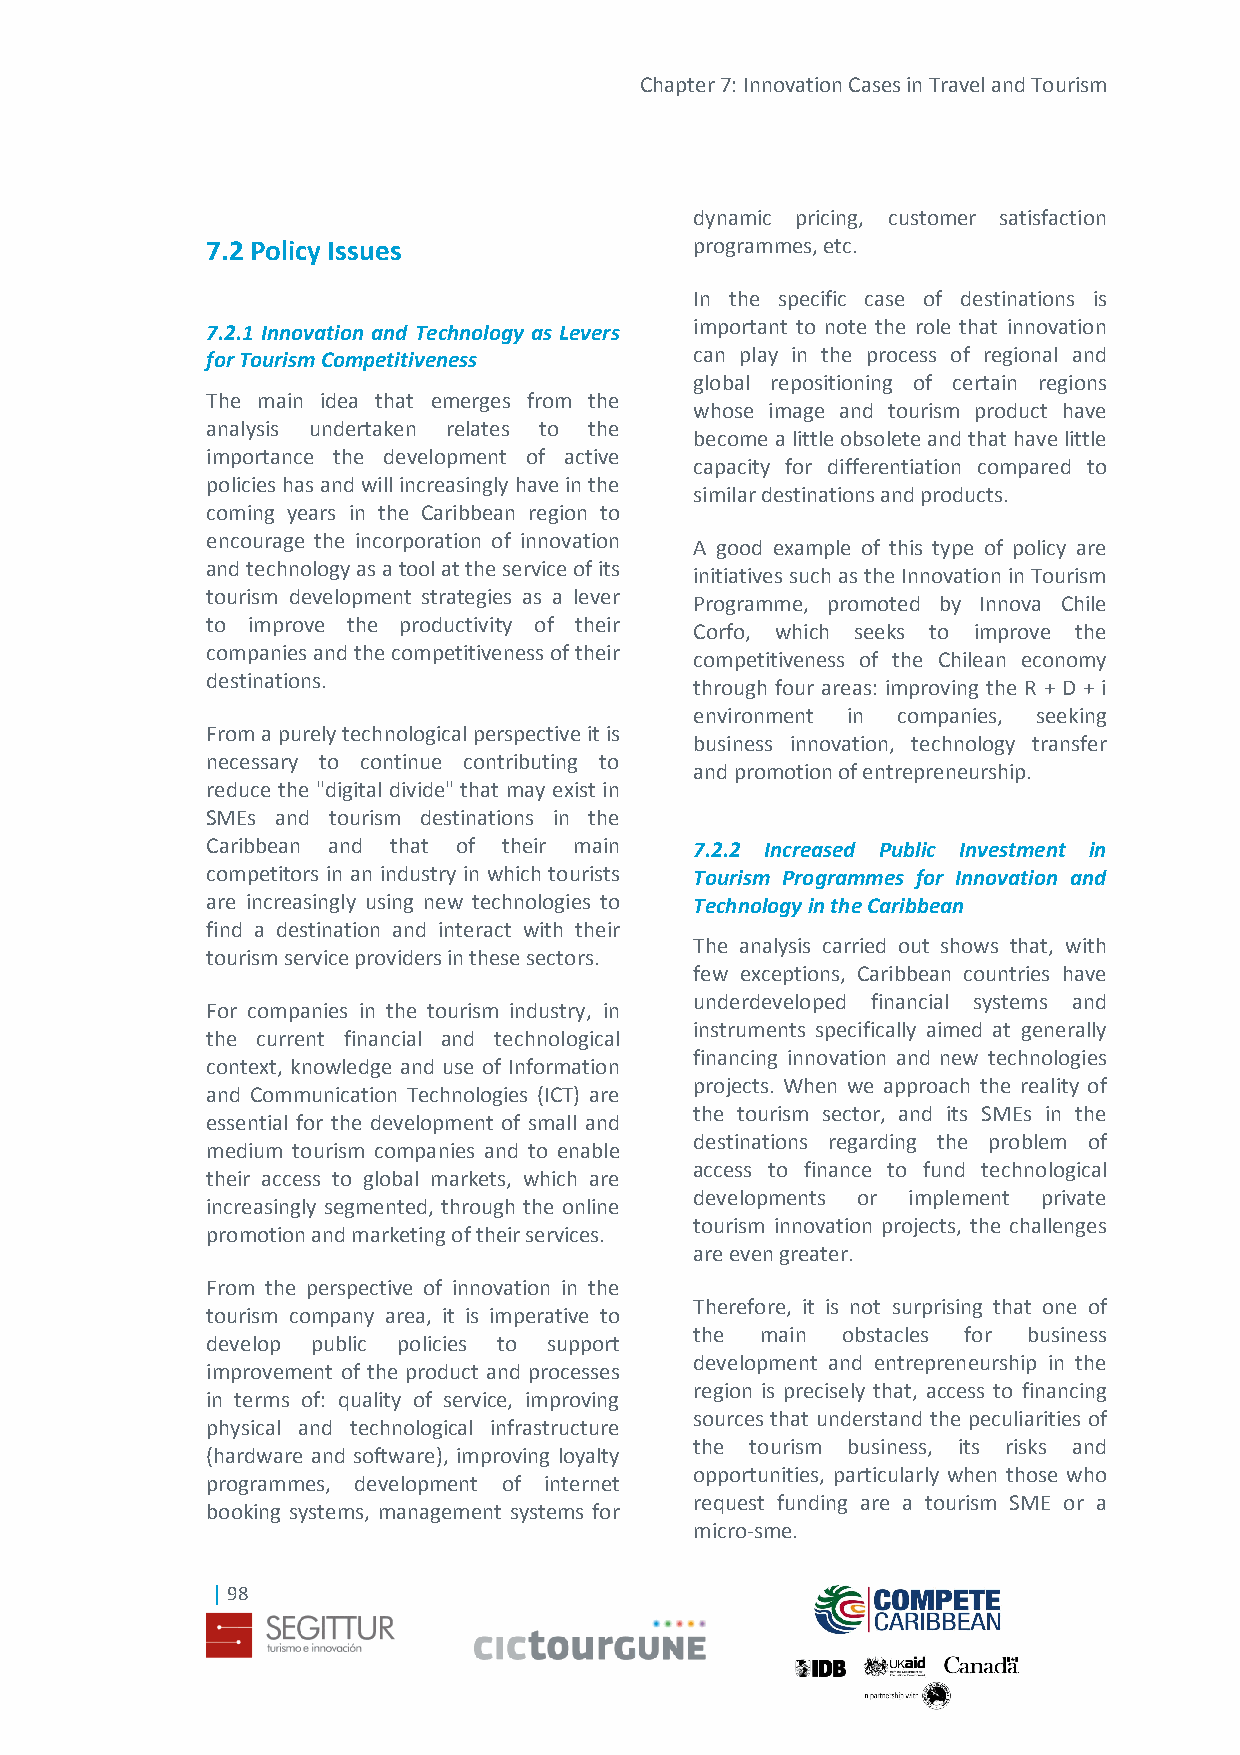
Chapter 7: Innovation Cases in Travel and Tourism
 dynamic pricing, customer satisfaction
 7.2 Policy Issues               programmes, etc.
 In the specific case of destinations is
 7.2.1 Innovation and Technology as Levers important to note the role that innovation
 for Tourism Competitiveness     can play in the process of regional and
 global repositioning of certain regions
 The main idea that emerges from the
 whose image and tourism product have
 analysis undertaken relates to the
 become a little obsolete and that have little
 importance the development of active
 capacity for differentiation compared to
 policies has and will increasingly have in the
 similar destinations and products.
 coming years in the Caribbean region to
 encourage the incorporation of innovation
 A good example of this type of policy are
 and technology as a tool at the service of its
 initiatives such as the Innovation in Tourism
 tourism development strategies as a lever
 Programme, promoted by Innova Chile
 to improve the productivity of their
 Corfo, which seeks to improve the
 companies and the competitiveness of their
 competitiveness of the Chilean economy
 destinations.
 through four areas: improving the R + D + i
 environment in companies, seeking
 From a purely technological perspective it is
 business innovation, technology transfer
 necessary to continue contributing to
 and promotion of entrepreneurship.
 reduce the "digital divide" that may exist in
 SMEs and tourism destinations in the
 Caribbean and that of their main 7.2.2 Increased Public Investment in
 competitors in an industry in which tourists Tourism Programmes for Innovation and
 are increasingly using new technologies to Technology in the Caribbean
 find a destination and interact with their
 The analysis carried out shows that, with
 tourism service providers in these sectors.
 few exceptions, Caribbean countries have
 underdeveloped financial systems and
 For companies in the tourism industry, in
 instruments specifically aimed at generally
 the current financial and technological
 financing innovation and new technologies
 context, knowledge and use of Information
 projects. When we approach the reality of
 and Communication Technologies (ICT) are
 the tourism sector, and its SMEs in the
 essential for the development of small and
 destinations regarding the problem of
 medium tourism companies and to enable
 access to finance to fund technological
 their access to global markets, which are
 developments or implement private
 increasingly segmented, through the online
 tourism innovation projects, the challenges
 promotion and marketing of their services.
 are even greater.
 From the perspective of innovation in the
 Therefore, it is not surprising that one of
 tourism company area, it is imperative to
 the main  obstacles for business
 develop public policies to support
 development and entrepreneurship in the
 improvement of the product and processes
 region is precisely that, access to financing
 in terms of: quality of service, improving
 sources that understand the peculiarities of
 physical and technological infrastructure
 the tourism business, its risks and
 (hardware and software), improving loyalty
 opportunities, particularly when those who
 programmes, development of internet
 request funding are a tourism SME or a
 booking systems, management systems for
 micro-sme.
 | 98